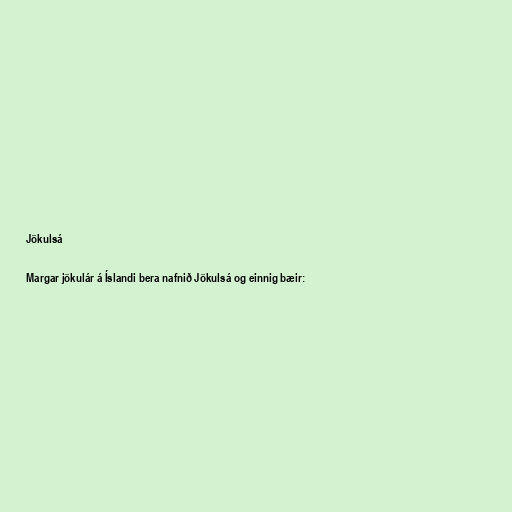
Jökulsá

Margar jökulár á Íslandi bera nafnið Jökulsá og einnig bæir: